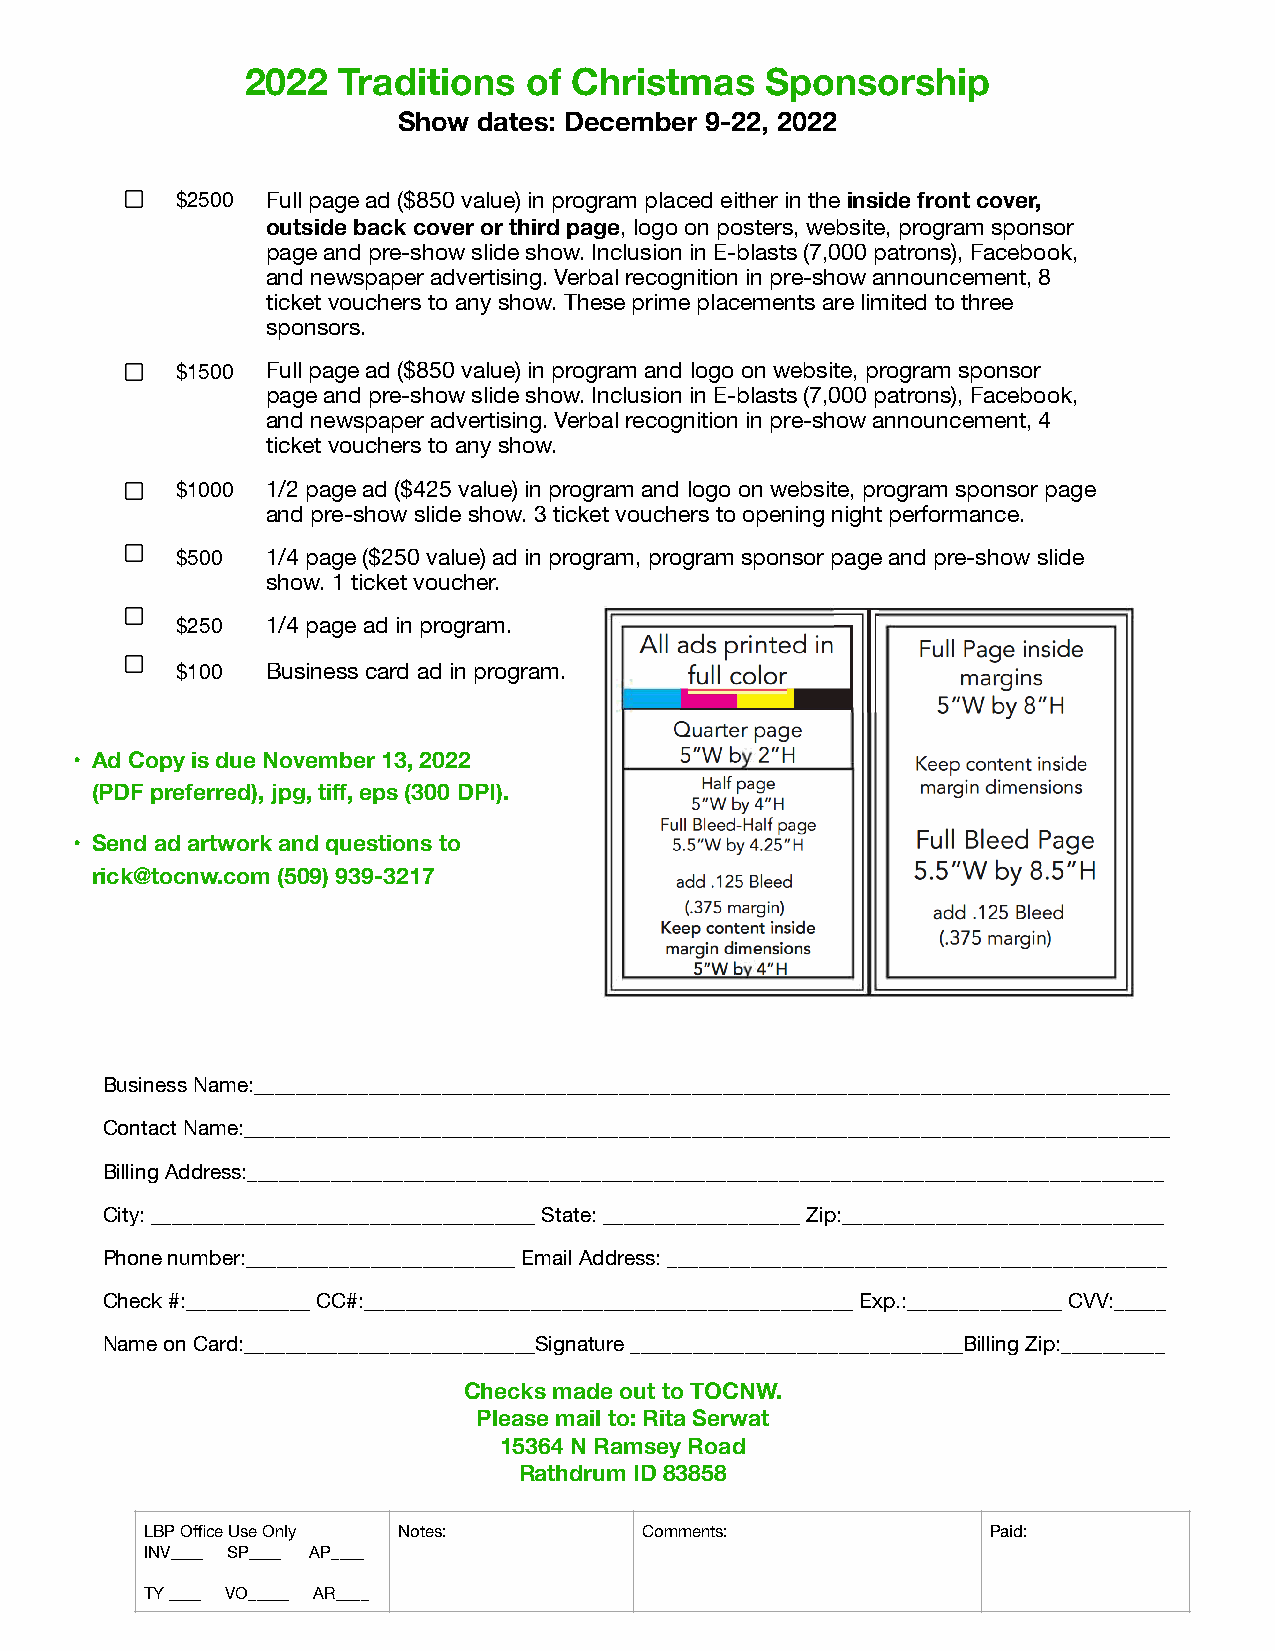
2022  Traditions   of Christmas    Sponsorship
 Show  dates: December 9-22, 2022
 $2500 Full page ad ($850 value) in program placed either in the inside front cover,
 outside back cover or third page, logo on posters, website, program sponsor
 page and pre-show slide show. Inclusion in E-blasts (7,000 patrons), Facebook,
 and newspaper advertising. Verbal recognition in pre-show announcement, 8
 ticket vouchers to any show. These prime placements are limited to three
 sponsors.
 $1500 Full page ad ($850 value) in program and logo on website, program sponsor
 page and pre-show slide show. Inclusion in E-blasts (7,000 patrons), Facebook,
 and newspaper advertising. Verbal recognition in pre-show announcement, 4
 ticket vouchers to any show.
 $1000 1/2 page ad ($425 value) in program and logo on website, program sponsor page
 and pre-show slide show. 3 ticket vouchers to opening night performance.
 $500  1/4 page ($250 value) ad in program, program sponsor page and pre-show slide
 show. 1 ticket voucher.
 $250  1/4 page ad in program.
 $100  Business card ad in program.
 • Ad Copy is due November 13, 2022
 (PDF preferred), jpg, tiff, eps (300 DPI).
 • Send ad artwork and questions to
 rick@tocnw.com (509) 939-3217
 Business Name:________________________________________________________________________________________
 Contact Name:_________________________________________________________________________________________
 Billing Address:________________________________________________________________________________________
 City: _____________________________________ State: ___________________ Zip:_______________________________
 Phone number:__________________________ Email Address: ________________________________________________
 Check #:____________ CC#:_______________________________________________ Exp.:_______________ CVV:_____
 Name on Card:____________________________Signature ________________________________Billing Zip:__________
 Checks made out to TOCNW.
 Please mail to: Rita Serwat
 15364 N Ramsey Road
 Rathdrum ID 83858
 LBP Office Use Only Notes:       Comments:              Paid:
 INV____ SP____ AP____
 TY ____ VO_____ AR____